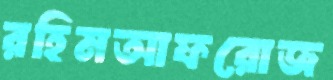
রহিমআফরোজ